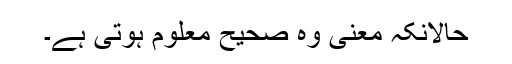
حالانکہ معنیً وہ صحیح معلوم ہوتی ہے۔